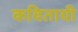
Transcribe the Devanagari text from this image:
कवितायी